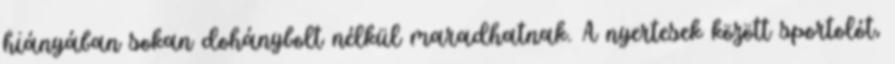
hiányában sokan dohánybolt nélkül maradhatnak. A nyertesek között sportolót,